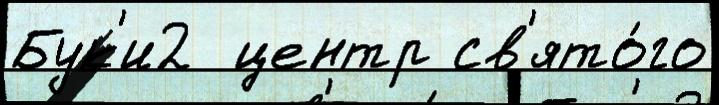
Бук'и2  центр св'ято́го